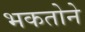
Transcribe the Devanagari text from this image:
भकतोने